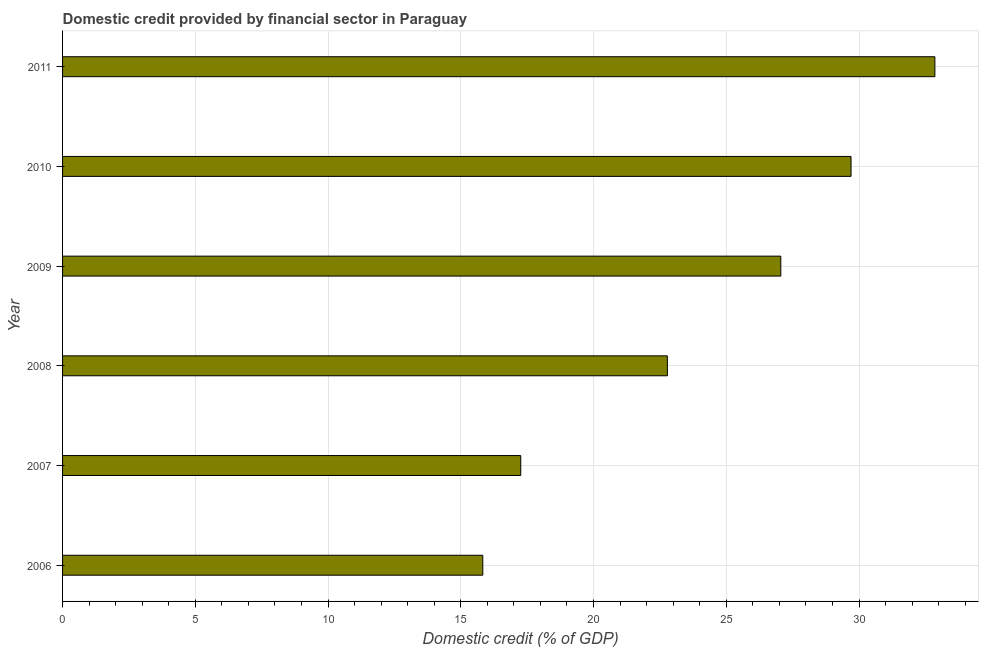
| Year | Domestic credit provided by financial sector |
 | --- | --- |
 | 2006 | 15.8 |
 | 2007 | 17.3 |
 | 2008 | 22.8 |
 | 2009 | 27.1 |
 | 2010 | 29.7 |
 | 2011 | 32.9 |